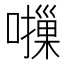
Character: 𫬈